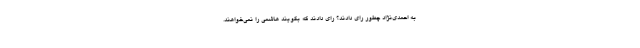
به احمدی‌نژاد چطور رای دادند؟ رای دادند که بگویند هاشمی را نمی‌خواهند.